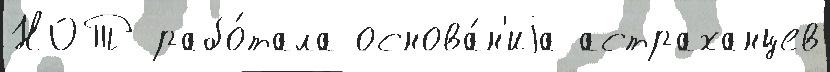
НОТ рабо́тала основа́н'иjа астраханцев